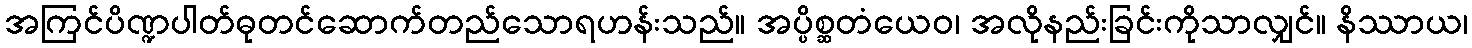
အကြင်ပိဏ္ဍပါတ်ဓုတင်ဆောက်တည်သောရဟန်းသည်။ အပ္ပိစ္ဆတံယေဝ၊ အလိုနည်းခြင်းကိုသာလျှင်။ နိဿာယ၊